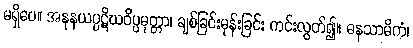
မရှိပေ။ အနုနယပ္ပဋိဃဝိပ္ပမုတ္တာ၊ ချစ်ခြင်းမုန်းခြင်း ကင်းလွတ်၍။ ဓနသာမိကံ၊